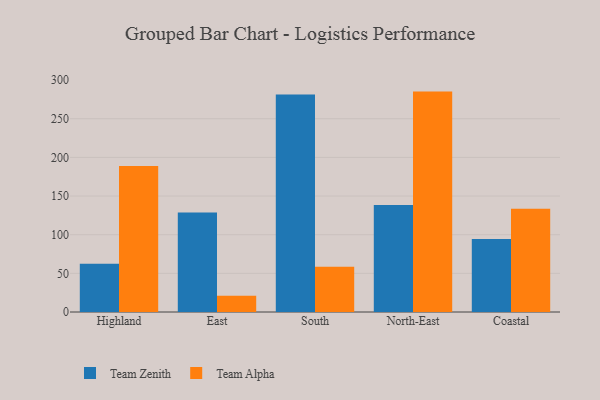
{"axis": {"x": "Region", "y": "Net Income (USD K)"}, "legend": ["Team Alpha", "Team Zenith"], "data": [{"x": "Highland", "y": 62.3, "type": "Team Zenith"}, {"x": "Highland", "y": 188.8, "type": "Team Alpha"}, {"x": "East", "y": 128.8, "type": "Team Zenith"}, {"x": "East", "y": 20.9, "type": "Team Alpha"}, {"x": "South", "y": 281.3, "type": "Team Zenith"}, {"x": "South", "y": 58.5, "type": "Team Alpha"}, {"x": "North-East", "y": 138.5, "type": "Team Zenith"}, {"x": "North-East", "y": 285.1, "type": "Team Alpha"}, {"x": "Coastal", "y": 94.4, "type": "Team Zenith"}, {"x": "Coastal", "y": 133.7, "type": "Team Alpha"}]}